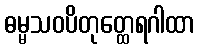
ဓမ္မသဝပိတုတ္ထေရဂါထာ